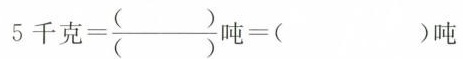
$$5 千 克 = \frac { ( ) } { ( ) } 吨 = ( ) 吨$$